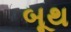
બૂથ